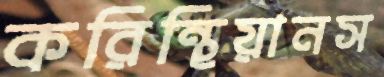
করিন্থিয়ানস